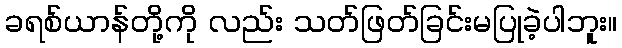
ခရစ်ယာန်တို့ကို လည်း သတ်ဖြတ်ခြင်းမပြုခဲ့ပါဘူး။